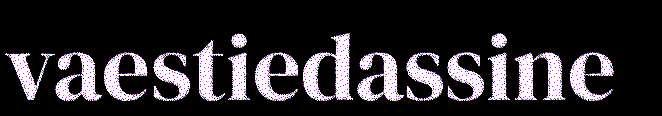
vaestiedassine